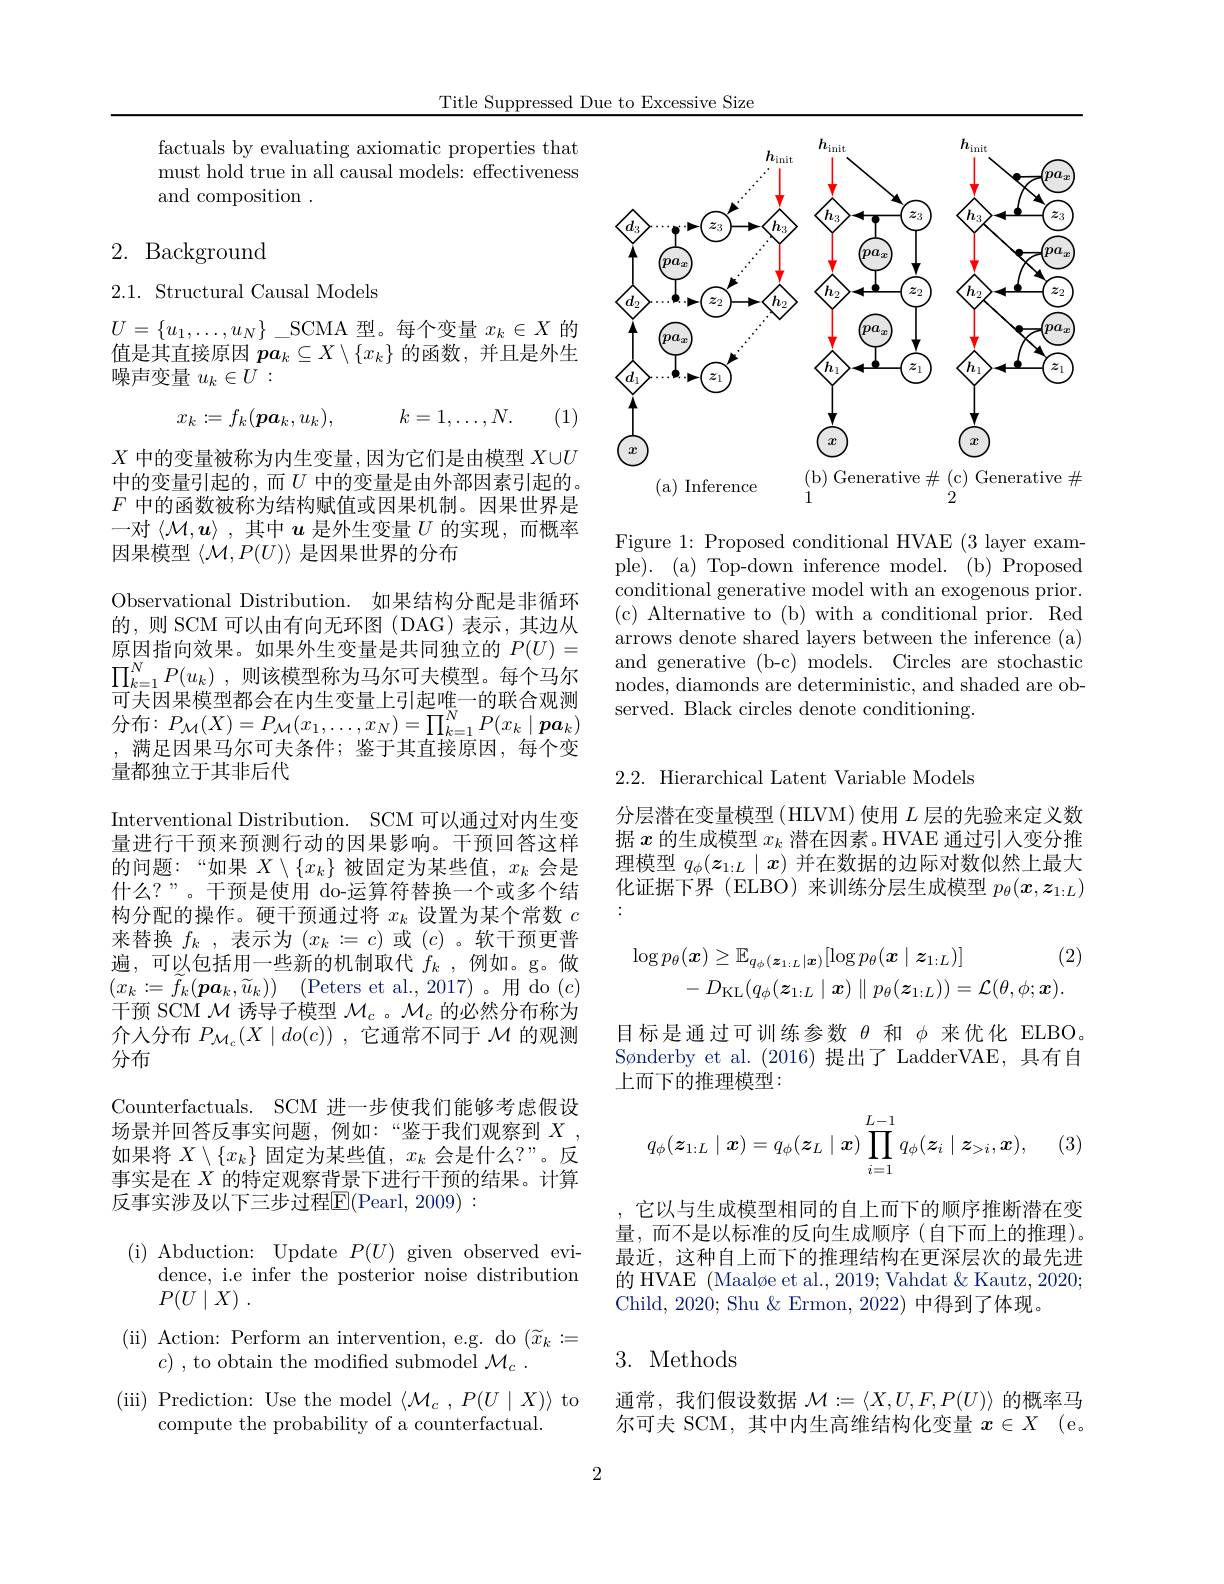
Title Suppressed Due to Excessive Size

<FigureHere>

Figure 1: Proposed conditional HVAE (3 layer example). (a) Top-down inference model. (b) Proposed conditional generative model with an exogenous prior. ( c) Alternative to ( b) with a conditional prior. Red arrows denote shared layers between the inference (a) and generative (b-c) models. Circles are stochastic nodes, diamonds are deterministic, and shaded are observed. Black circles denote conditioning.

factuals by evaluating axiomatic properties that must hold true in all causal models: effectiveness and composition .

# 2. Background

## $2.1.{\mathrm{~Structural~Causal~Models}}$

$U=\{u_1,\ldots,u_N\}\_$SCMA 型。每个变量$x_k\in X$的值是其直接原因$\boldsymbol p\boldsymbol a_k\subseteq X\setminus\{x_k\}$ 的函数，并且是外生噪声变量$u_k\in\bar{U}:$
$$x_k:=f_k(\boldsymbol{pa}_k,u_k),\quad k=1,\ldots,N.$$
(1)

$X$中的变量被称为内生变量，因为它们是由模型$X\cup U$ 中的变量引起的，而$U$ 中的变量是由外部因素引起的。$F$中的函数被称为结构赋值或因果机制。因果世界是一对$\langle\mathcal{M},\boldsymbol{u}\rangle$ ,其中$\boldsymbol{u}$是外生变量$U$的实现，而概率因果模型$\langle\mathcal{M},P(U)\rangle$是因果世界的分布
Observational Distribution. 如果结构分配是非循环的，则 SCM 可以由有向无环图 (DAG) 表示，其边从原因指向效果。如果外生变量是共同独立的$P(U)=$ $\prod _{k= 1}^{N}P( u_{k})$ ,则该模型称为马尔可夫模型。每个马尔可夫因果模型都会在内生变量上引起唯一的联合观测分布$:P_{\mathcal{M}}(X)=P_{\mathcal{M}}(x_{1},\ldots,x_{N})=\prod_{k=1}^{N}P(x_{k}\mid\boldsymbol{pa}_{k})$ ,满足因果马尔可夫条件；鉴于其直接原因，每个变量都独立于其非后代
Interventional Distribution. SCM 可以通过对内生变量进行干预来预测行动的因果影响。干预回答这样的问题：“如果$X\setminus\{x_k\}$被固定为某些值，$x_k$会是什么？”。干预是使用 do-运算符替换一个或多个结构分配的操作。硬干预通过将$x_k$设置为某个常数$c$ 来替换$f_k$ ,表示为$(x_k:=c)$或$(c)$ 。软干预更普遍，可以包括用一些新的机制取代$f_k$ ,例如。g。做$( x_{k}: = \widetilde{f} _{k}( \boldsymbol{pa}_{k}, \widetilde{u} _{k}) )$ ( Peters et al. , 2017) 。用 do ( c) 干预 SCM $\mathcal{M}$诱导子模型$\mathcal{M}_c$ 。$\mathcal{M}_c$的必然分布称为介人分布$P_{\mathcal{M}_c}(X\mid do(c))$ ,它通常不同于$\mathcal{M}$的观测分布
Counterfactuals. SCM 进一步使我们能够考虑假设场景并回答反事实问题，例如：“鉴于我们观察到$X$ 如果将$X\setminus\{x_k\}$固定为某些值，$x_k$会是什么？”。反事实是在$X$的特定观察背景下进行干预的结果。计算反事实涉及以下三步过程$\overline{\mathrm{E}}($Pearl, 2009) :
( i) Abduction: Update$P(U)$given observed evi-
dence, i.e infer the posterior noise distribution

$P( U\mid X)$ .
( ii) Action: Perform an intervention, e. g. do $( \widetilde{x} _{k}: =$
$c)~,~{\mathrm{to~obtain~the~modified~submodel~}}\mathcal{M}_{c}~.$
(iii) Prediction: Use the model $\langle\mathcal{M}_c,P(U\mid X)\rangle$ to
compute the probability of a counterfactual.

2

2.2. Hierarchical Latent Variable Models

分层潜在变量模型 (HLVM) 使用$L$层的先验来定义数据$x$的生成模型$x_k$潜在因素。HVAE 通过引人变分推理模型$q_\phi(z_{1:L}\mid x)$并在数据的边际对数似然上最大化证据下界(ELBO)来训练分层生成模型$p_\theta(\boldsymbol{x},\boldsymbol{z}_{1:L})$ :
$$\log p_{\theta}(\boldsymbol{x})\geq\mathbb{E}_{q_{\phi}(\boldsymbol{z}_{1:L}|\boldsymbol{x})}[\log p_{\theta}(\boldsymbol{x}\mid\boldsymbol{z}_{1:L})]\quad(2)\\-\:D_{\mathrm{KL}}(q_{\phi}(\boldsymbol{z}_{1:L}\mid\boldsymbol{x})\parallel p_{\theta}(\boldsymbol{z}_{1:L}))=\mathcal{L}(\theta,\phi;\boldsymbol{x}).$$
目标是通过可训练参数$\theta$和$\phi$来优化 ELBO。Sønderby et al.(2016)提出了 LadderVAE,具有自上而下的推理模型：
$$q_\phi(\boldsymbol{z}_{1:L}\mid\boldsymbol{x})=q_\phi(\boldsymbol{z}_L\mid\boldsymbol{x})\prod_{i=1}^{L-1}q_\phi(\boldsymbol{z}_i\mid\boldsymbol{z}_{>i},\boldsymbol{x}),$$
(3)

它以与生成模型相同的自上而下的顺序推断潜在变量，而不是以标准的反向生成顺序(自下而上的推理)。最近，这种自上而下的推理结构在更深层次的最先进的 HVAE (Maaløe et al., 2019; Vahdat & Kautz, 2020; Child, 2020; Shu & Ermon, 2022) 中得到了体现。

3. Methods

通常，我们假设数据$\mathcal{M}:=\langle X,U,F,P(U)\rangle$的概率马尔可夫 SCM, 其中内生高维结构化变量$x\in X$ (e。